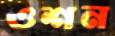
ওশন